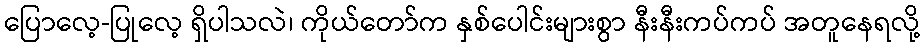
ပြောလေ့-ပြုလေ့ ရှိပါသလဲ၊ ကိုယ်တော်က နှစ်ပေါင်းများစွာ နီးနီးကပ်ကပ် အတူနေရလို့